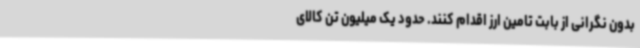
بدون نگرانی از بابت تامین ارز اقدام کنند. حدود یک میلیون تن کالای